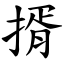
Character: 揟